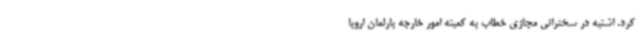
کرد. اشتیه در سخنرانی مجازی خطاب به کمیته امور خارجه پارلمان اروپا